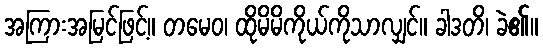
အကြားအမြင်ဖြင့်။ တမေဝ၊ ထိုမိမိကိုယ်ကိုသာလျှင်။ ခါဒတိ၊ ခဲ၏။